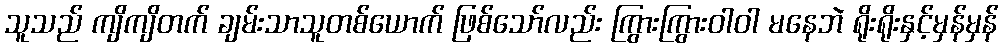
သူသည် ကျိကျိတက် ချမ်းသာသူတစ်ယောက် ဖြစ်သော်လည်း ကြွားကြွားဝါဝါ မနေဘဲ ရိုးရိုးနှင့်မှန်မှန်